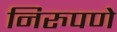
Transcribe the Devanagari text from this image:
निरुपणे